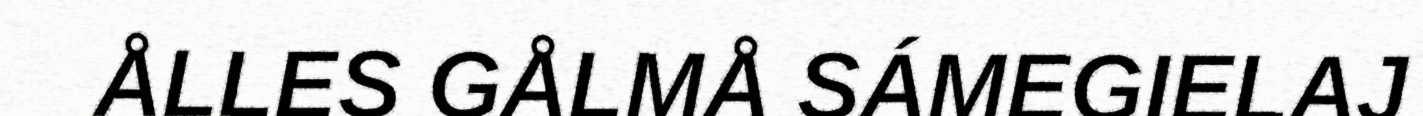
ÅLLES GÅLMÅ SÁMEGIELAJ